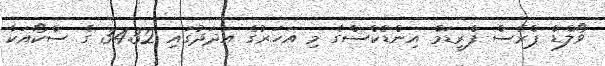
ވޯލްޑް ޕްރެސް ފްރީޑަމް އިންޑެކްސްގެ މި އަހަރުގެ އަދަދުގައި 34.32 ގެ ސްކޯއަކާ